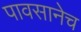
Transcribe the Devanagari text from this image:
पावसानेच